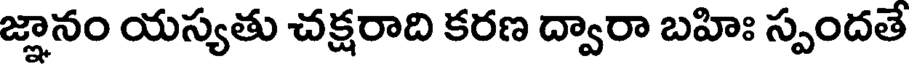
జ్ఞానం యస్యతు చక్షరాది కరణ ద్వారా బహిః స్పందతే